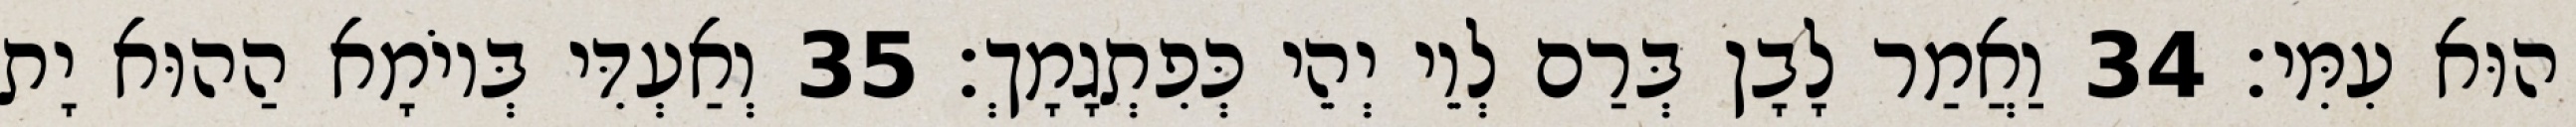
הוּא עִמִּי׃ 34 וַאֲמַר לָבָן בְּרַם לְוֵי יְהֵי כְּפִתְגָמָךְ׃ 35 וְאַעְדִּי בְּיוֹמָא הַהוּא יָת